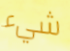
شيء